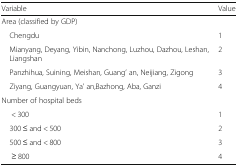
<table><thead><tr><td><b>Variable</b></td><td><b>Value</b></td></tr></thead><tbody><tr><td colspan="2">Area (classified by GDP)</td></tr><tr><td> Chengdu</td><td>1</td></tr><tr><td> Mianyang, Deyang, Yibin, Nanchong, Luzhou, Dazhou, Leshan, Liangshan</td><td>2</td></tr><tr><td> Panzhihua, Suining, Meishan, Guang’ an, Neijiang, Zigong</td><td>3</td></tr><tr><td> Ziyang, Guangyuan, Ya’ an,Bazhong, Aba, Ganzi</td><td>4</td></tr><tr><td colspan="2">Number of hospital beds</td></tr><tr><td>&lt; 300</td><td>1</td></tr><tr><td> 300 ≤ and &lt; 500</td><td>2</td></tr><tr><td> 500 ≤ and &lt; 800</td><td>3</td></tr><tr><td>≥ 800</td><td>4</td></tr></tbody></table>